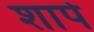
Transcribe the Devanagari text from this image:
शापे